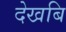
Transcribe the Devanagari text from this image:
देखबि